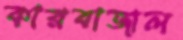
কারবাজাল